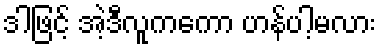
ဒါဖြင့် အဲ့ဒီလူကကော ဟန်ပါ့မလား